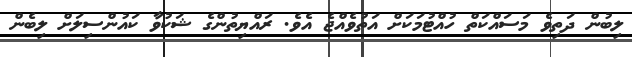
ލިބުން ދަތިވެ މަސައްކަތް ހުއްޓުމަކަށް އަތުވެއްޖެ އެވެ. ރައްޔިތުންގެ ޝަކުވާ ކައުންސިލަށް ލިބެން